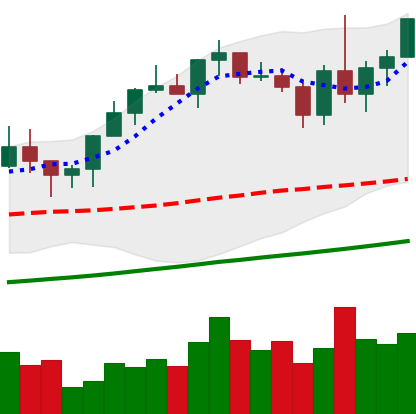
Ticker: XMR-USD
Chart end date: 2020-12-26
Forward return: -6.769%
Label: down_5_7